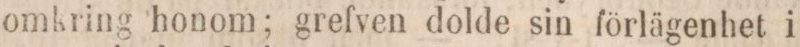
omkring honom; grefven dolde sin förlägenhet i